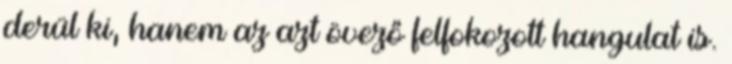
derül ki, hanem az azt övező felfokozott hangulat is.